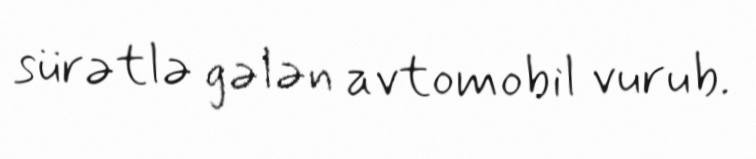
sürətlə gələn avtomobil vurub.